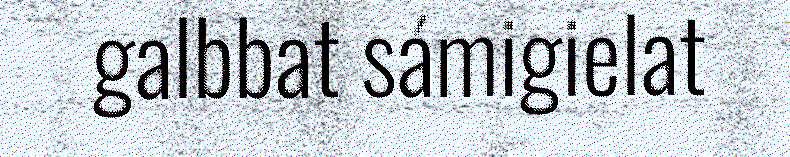
galbbat sámigielat